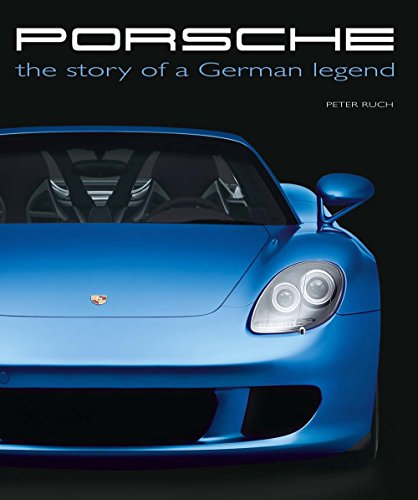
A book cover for Porsche: The Story of a German Legend; Peter Ruch; Engineering & Transportation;